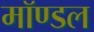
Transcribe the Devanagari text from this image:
मॉण्डल